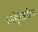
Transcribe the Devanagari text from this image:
संतवृत्तीला